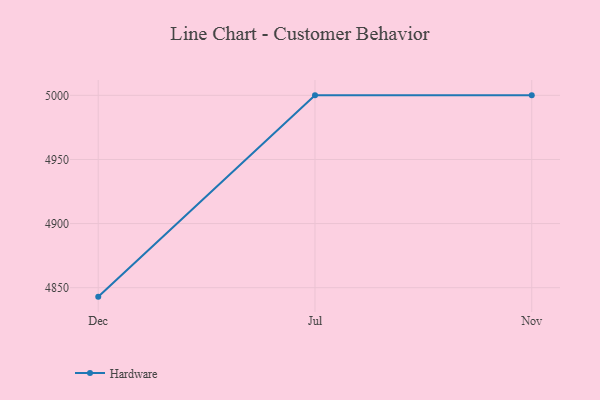
{"axis": {"x": "Month", "y": "Waste Production (Tons)"}, "legend": ["Hardware"], "data": [{"x": "Dec", "y": 4843.0, "type": "Hardware"}, {"x": "Jul", "y": 5000, "type": "Hardware"}, {"x": "Nov", "y": 5000, "type": "Hardware"}]}